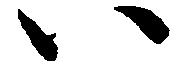
い